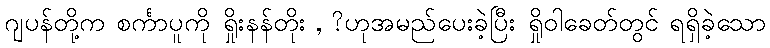
ဂျပန်တို့က စင်္ကာပူကို ရှိုးနန်တိုး , ?ဟုအမည်ပေးခဲ့ပြီး ရှိုဝါခေတ်တွင် ရရှိခဲ့သော